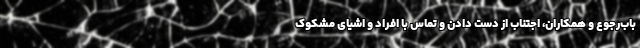
باب‌رجوع و همکاران، اجتناب از دست دادن و تماس با افراد و اشیای مشکوک